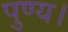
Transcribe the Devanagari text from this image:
पुण्य।